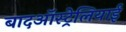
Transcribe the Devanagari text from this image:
बादऑस्ट्रेलियाई